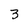
Character: 3